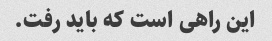
این راهی است که باید رفت.